Election expenses, 1922, 1922
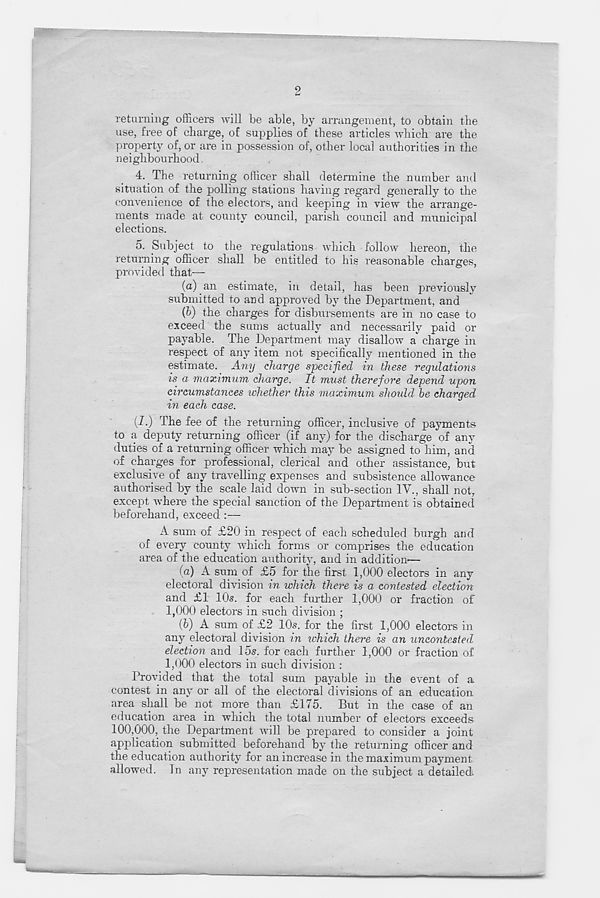
2
returning officers will be able, by arrangement, to obtain the
use, free of charge, of supplies of these articles which are the
property of, or are in possession of, other local authorities in the
neighbourhood.
4. The returning officer shall determine the number and
situation of the polling stations having regard generally to the
convenience of the electors, and keeping in view the arrange-
ments made at county council, parish council and municipal
elections.
5. Subject to the regulations which follow hereon, the
returning officer shall be entitled to his reasonable charges,
provided that—
(a) an estimate, in detail, has been previously
submitted to and approved by the Department, and
(b) the charges for disbursements are in no case to
exceed the sums actually and necessarily paid or
payable. The Department may disallow a charge in
respect of any item not specifically mentioned in the
estimate. Any charge specified in these regulations
is a maximum charge. It must therefore depend upon
circumstances whether this maximum should be charged
in each case.
(I.) The fee of the returning officer, inclusive of payments
to a deputy returning officer (if any) for the discharge of any
duties of a returning officer which may be assigned to him, and
of charges for professional, clerical and other assistance, but
exclusive of any travelling expenses and subsistence allowance
authorised by the scale laid down in sub-section IV., shall not,
except where the special sanction of the Department is obtained
beforehand, exceed -
A sum of £20 in respect of each scheduled burgh and
of every county which forms or comprises the education
area of the education authority, and in addition—
(a) A sum of £5 for the first 1,000 electors in any
electoral division in which there is a contested election
and £1 10s. for each further 1,000 or fraction of
1,000 electors in such division ;
(&) A sum of £2 10s. for the first 1,000 electors in
any electoral division in rchich there is an uncontested
election and 15s. for each further 1,000 or fraction of
1,000 electors in such division :
Provided that the total sum payable in the event of a
contest in any or all of the electoral divisions of an education
area shall be not more than £175. But in the case of an
education area in which the total number of electors exceeds
100,000, the Department will be prepared to consider a joint
application submitted beforehand by the returning officer and
the education authority for an increase in the maximum payment
allowed. In any representation made on the subject a detailed